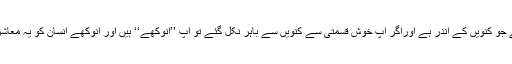
اس سوسائٹی میں پرسکون وہی ہے جو کنویں کے اندر ہے اوراگر آپ خوش قسمتی سے کنویں سے باہر نکل گئے تو آپ ’’انوکھے‘‘ ہیں اور انوکھے انسان کو یہ معاشرہ بڑی مشکل سے قبول کرتا ہے۔